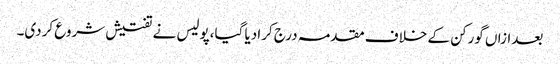
بعدازاں گورکن کے خلاف مقدمہ درج کرادیا گیا،پولیس نے تفتیش شروع کردی۔